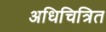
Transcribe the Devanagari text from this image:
अधिचित्रित